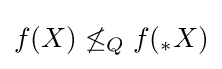
f(X)\not \leq _{Q}f({_{*}}X)